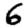
Digit: 6